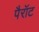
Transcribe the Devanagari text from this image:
पैरॉट